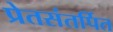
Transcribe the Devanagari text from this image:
प्रेतसंतर्पित